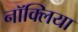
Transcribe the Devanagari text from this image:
नॉक्लिया